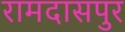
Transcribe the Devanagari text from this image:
रामदासपुर